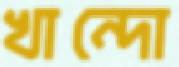
খান্দো